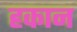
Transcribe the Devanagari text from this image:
हकान